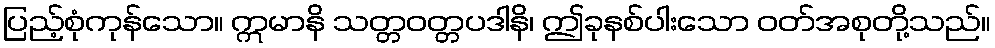
ပြည့်စုံကုန်သော။ ဣမာနိ သတ္တဝတ္တပဒါနိ၊ ဤခုနစ်ပါးသော ဝတ်အစုတို့သည်။